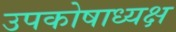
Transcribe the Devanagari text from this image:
उपकोषाध्यक्ष